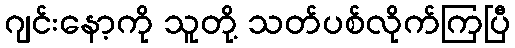
ဂျင်းနော့ကို သူတို့ သတ်ပစ်လိုက်ကြပြီ